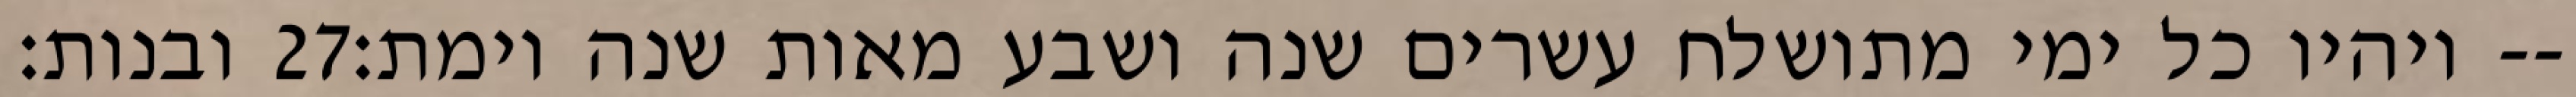
ובנות׃ ‎27‏ ויהיו כל ימי מתושלח עשרים שנה ושבע מאות שנה וימת׃--